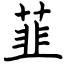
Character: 韮